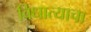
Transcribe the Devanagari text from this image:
विधात्याचा